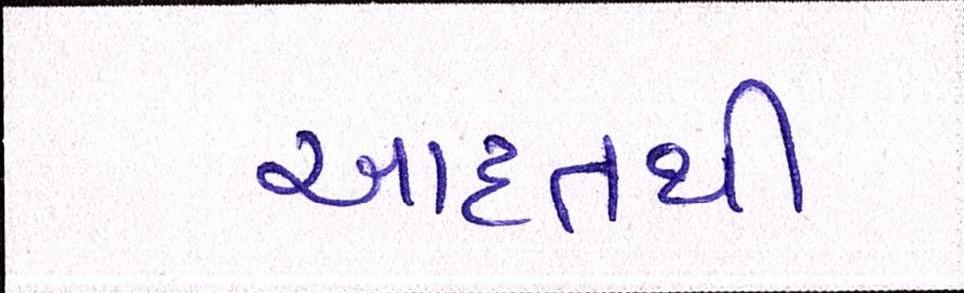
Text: આદતથી